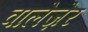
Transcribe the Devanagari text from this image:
वालेज़ेर